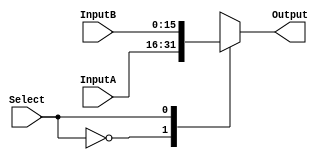
/*
	mux with two inputs
*/

module Mux2(
    input [0:0] Select,
    input [15:0] InputA,
    input [15:0] InputB,
    output reg [15:0] Output
    );
	
	always @(*)
	begin
		case(Select)
			2'h0: Output = InputA;
			2'h1: Output = InputB;
		endcase
	end

endmodule